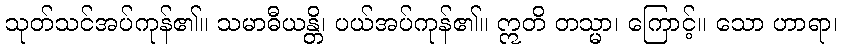
သုတ်သင်အပ်ကုန်၏။ သမာဓီယန္တိ၊ ပယ်အပ်ကုန်၏။ ဣတိ တသ္မာ၊ ကြောင့်။ သော ဟာရာ၊